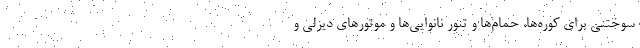
سوختنی برای کوره‌ها، حمام‌ها و تنور نانوایی‌ها و موتورهای دیزلی و